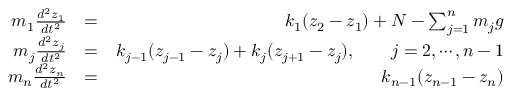
\begin{array} { r l r } { m _ { 1 } \frac { d ^ { 2 } z _ { 1 } } { d t ^ { 2 } } } & { = } & { k _ { 1 } ( z _ { 2 } - z _ { 1 } ) + N - \sum _ { j = 1 } ^ { n } m _ { j } g } \\ { m _ { j } \frac { d ^ { 2 } z _ { j } } { d t ^ { 2 } } } & { = } & { k _ { j - 1 } ( z _ { j - 1 } - z _ { j } ) + k _ { j } ( z _ { j + 1 } - z _ { j } ) , \qquad j = 2 , \cdots , n - 1 } \\ { m _ { n } \frac { d ^ { 2 } z _ { n } } { d t ^ { 2 } } } & { = } & { k _ { n - 1 } ( z _ { n - 1 } - z _ { n } ) } \end{array}